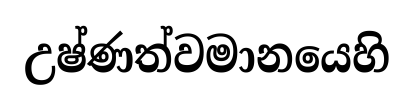
උෂ්ණත්වමානයෙහි